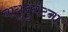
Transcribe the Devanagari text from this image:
वायुदुर्घटना